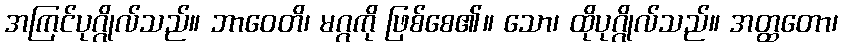
အကြင်ပုဂ္ဂိုလ်သည်။ ဘာဝေတိ၊ မဂ္ဂကို ဖြစ်စေ၏။ သော၊ ထိုပုဂ္ဂိုလ်သည်။ အတ္ထတော၊